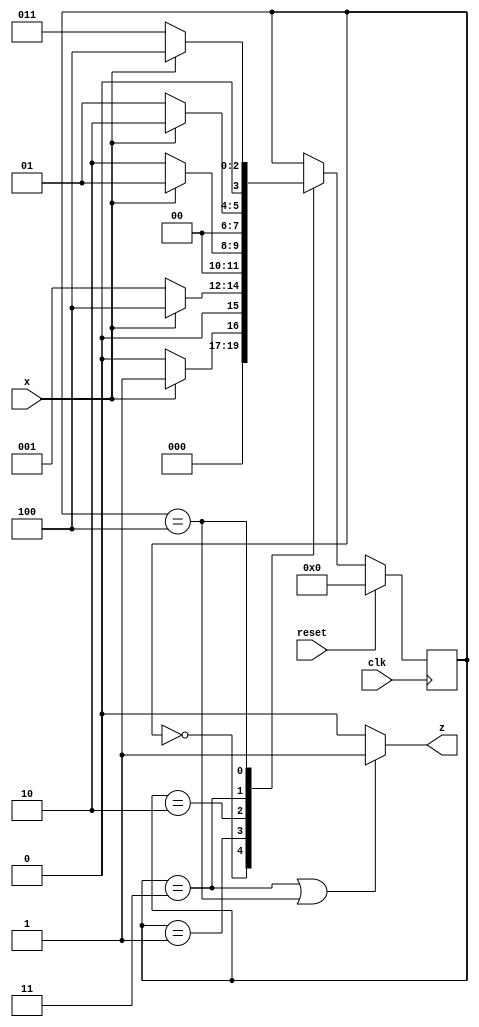
module top_module (
    input clk,
    input reset,   // Synchronous reset
    input x,
    output z
);
    reg [3:0] state;
    always @(posedge clk) begin
        if (reset) 
            state <= 0;
        else begin
            case (state)
                0: begin
                    if (x==0)
                        state <= 0;
                    else
                        state <= 1;
                end
                1: begin
                    if (x==0)
                        state <= 1;
                    else
                        state <= 4;
                end
                2: begin
                    if (x==0)
                        state <= 2;
                    else
                        state <= 1;
                end
                3: begin
                    if (x==0)
                        state <= 1;
                    else
                        state <= 2;
                end
                4: begin
                    if (x==0)
                        state <= 3;
                    else
                        state <= 4;
                end
            endcase
        end
    end
    
    assign z = ((state==3) | (state==4))?1:0;
                    

endmodule